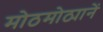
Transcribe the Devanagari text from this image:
मोठमोठ्यानें